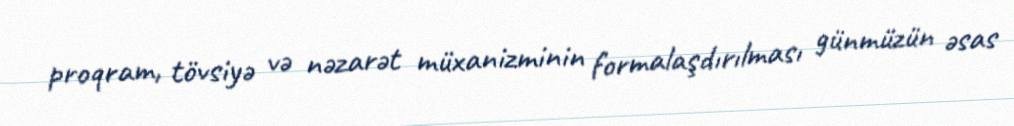
proqram, tövsiyə və nəzarət müxanizminin formalaşdırılması günmüzün əsas